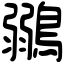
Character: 鶸